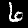
Label: 6